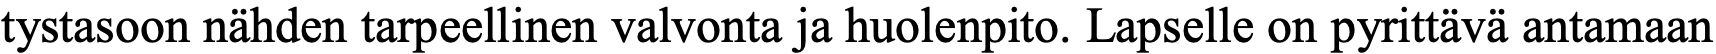
tystasoon nähden tarpeellinen valvonta ja huolenpito. Lapselle on pyrittävä antamaan